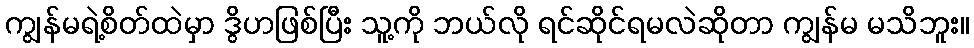
ကျွန်မရဲ့စိတ်ထဲမှာ ဒွိဟဖြစ်ပြီး သူ့ကို ဘယ်လို ရင်ဆိုင်ရမလဲဆိုတာ ကျွန်မ မသိဘူး။